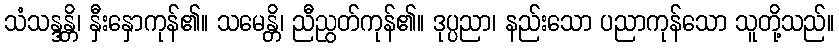
သံသန္ဒန္တိ၊ နှီးနှောကုန်၏။ သမေန္တိ၊ ညီညွတ်ကုန်၏။ ဒုပ္ပညာ၊ နည်းသော ပညာကုန်သော သူတို့သည်။